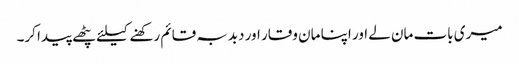
میری بات مان لے اور اپنا مان وقار اور دبدبہ قائم رکھنے کیلئے پٹھے پیدا کر۔